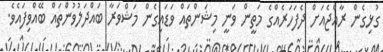
ގުޅިގެން ރާއްޖެއަށް ދެފަހަރެއްގެ މަތީން ވަނީ މިޝަންތައް ވަޑައިގެން މަޝްވަރާ ބައްދަލުވުންތައް ބޭއްވިފައެވެ.